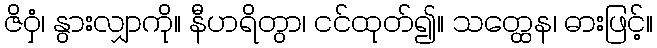
ဇိဝှံ၊ နွားလျှာကို။ နီဟရိတွာ၊ ငင်ထုတ်၍။ သတ္ထေန၊ ဓားဖြင့်။